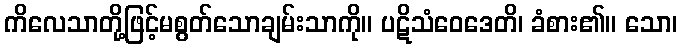
ကိလေသာတို့ဖြင့်မစွတ်သောချမ်းသာကို။ ပဋိသံဝေဒေတိ၊ ခံစား၏။ သော၊